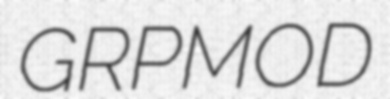
GRPMOD